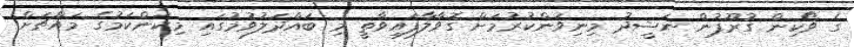
ގެ ވޯކިން ގުރޫޕުން ނަޝީދު މިނިވަންކުރުމަށް ގޮވާލާފައިވާތީ މި ބައްދަލުވުމުގައި މިކަންކަމުގެ މައްޗަށް